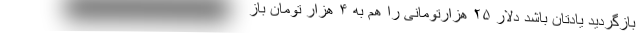
بازگردید یادتان باشد دلار ۲۵ هزارتومانی را هم به ۴ هزار تومان باز